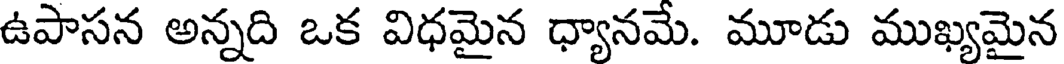
ఉపాసన అన్నది ఒక విధమైన ధ్యానమే. మూడు ముఖ్యమైన